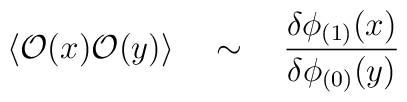
\langle {\cal O}(x) {\cal O}(y) \rangle \quad \sim \quad{\delta \phi_{(1)}(x) \over \delta \phi_{(0)}(y)}